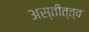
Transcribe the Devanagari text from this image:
अस्तीत्त्व